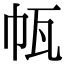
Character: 㼙